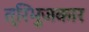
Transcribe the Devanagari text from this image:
त्रिभुजकार